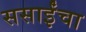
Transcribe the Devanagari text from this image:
ससाईंचा